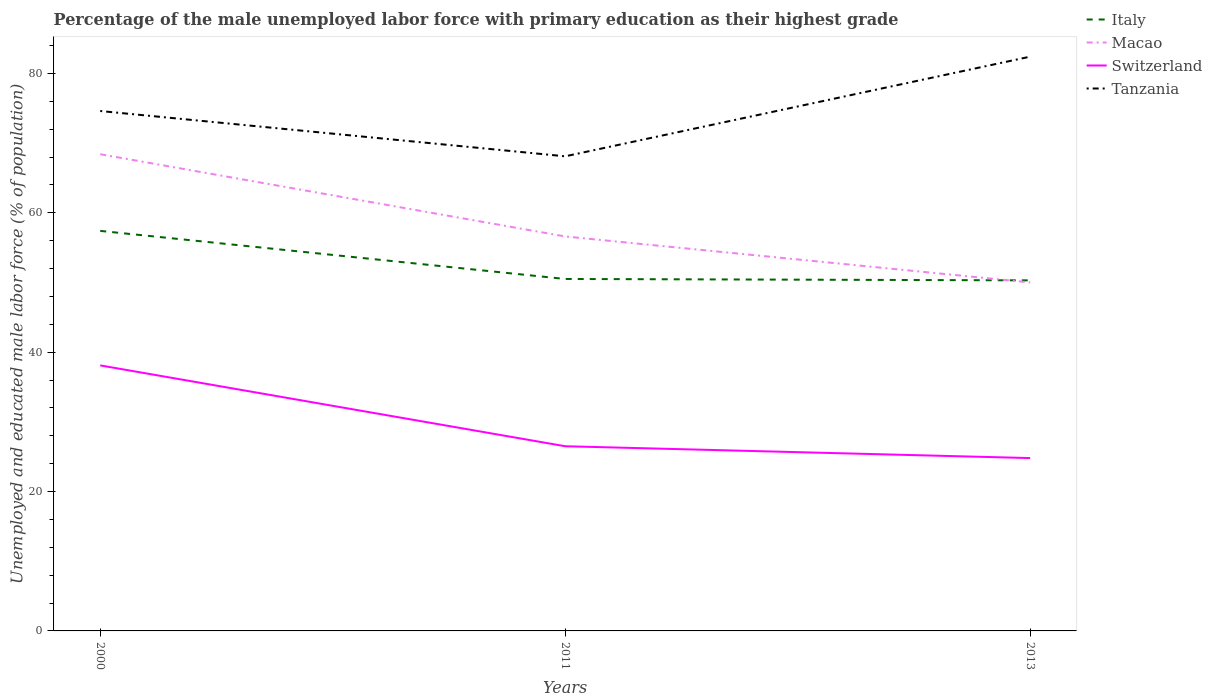
| Years | Italy | Macao | Switzerland | Tanzania |
 | --- | --- | --- | --- | --- |
 | 2000 | 57.4 | 68.4 | 38.1 | 74.6 |
 | 2011 | 50.5 | 56.6 | 26.5 | 68.1 |
 | 2013 | 50.3 | 50 | 24.8 | 82.4 |